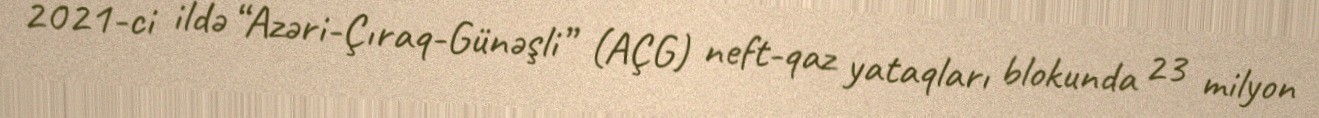
2021-ci ildə “Azəri-Çıraq-Günəşli” (AÇG) neft-qaz yataqları blokunda 23 milyon